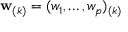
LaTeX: \mathbf { w } _ { ( k ) } = ( w _ { 1 } , \dots , w _ { p } ) _ { ( k ) }